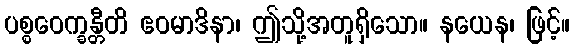
ပစ္စဝေက္ခန္တီတိ ဧဝမာဒိနာ၊ ဤသို့အတူရှိသော။ နယေန၊ ဖြင့်။